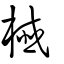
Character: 櫼